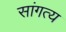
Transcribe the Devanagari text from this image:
सांगत्य